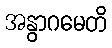
အနွာဂမေတိ